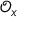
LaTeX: { \mathcal { O } } _ { x }